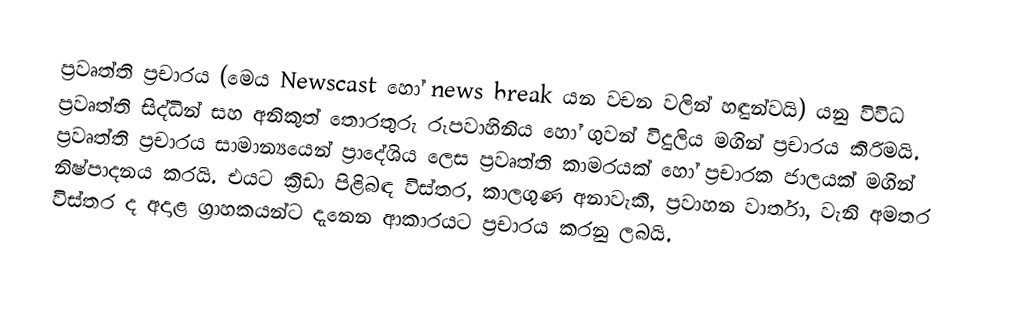
ප්‍රවෘත්ති ප්‍රචාරය (මෙය Newscast හෝ news break යන වචන වලින් හඳුන්වයි) යනු විවිධ ප්‍රවෘත්ති සිද්ධින් සහ අ‍නිකුත් තොරතුරු රූපවාහිනිය හෝ ගුවන් විදුලිය මගින් ප්‍රචාරය කිරිමයි. ප්‍රවෘත්ති ප්‍රචාරය සාමාන්‍යයෙන් ප්‍රාදේශිය ලෙස ප්‍රවෘත්ති කාමරයක් හෝ ප්‍රචාරක ජාලයක් මගින් නිෂ්පාදනය කරයි. එයට ක්‍රිඩා පිළිබඳ විස්තර,  කාලගුණ අනාවැකි, ප්‍රවාහන වාර්තා, වැනි අමතර විස්තර ද අදාළ ග්‍රාහකයන්ට දැනෙන ආකාරයට ප්‍රචාරය කරනු ලබයි.